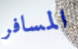
المسافر